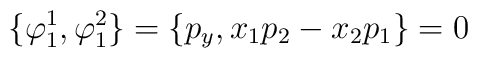
\{\varphi_1^1,\varphi_1^2\}=\{p_y,x_1p_2-x_2p_1\}=0